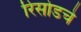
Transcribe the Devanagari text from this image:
रिसोडचे